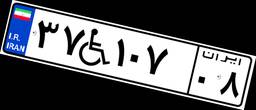
۳۷W۱۰۷۰۸